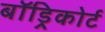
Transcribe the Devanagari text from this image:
बॉड्रिकोर्ट